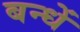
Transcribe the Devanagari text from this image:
बन्धें